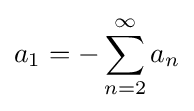
a_{1}=-\sum _{n=2}^{\infty }a_{n}